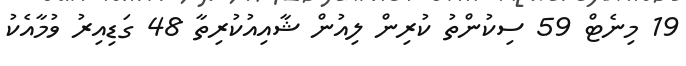
19 މިނެޓް 59 ސިކުންތު ކުރިން ލިއުން ޝާއިއުކުރިތާ 48 ގަޑިއިރު ވުމާއެކު